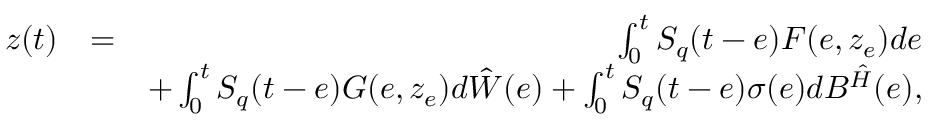
\begin{array} { r l r } { z ( t ) } & { = } & { \int _ { 0 } ^ { t } { \cal S } _ { q } ( t - e ) { \cal F } ( e , z _ { e } ) d e } \\ & { } & { + \int _ { 0 } ^ { t } { \cal S } _ { q } ( t - e ) { \cal G } ( e , z _ { e } ) d \hat { \cal W } ( e ) + \int _ { 0 } ^ { t } { \cal S } _ { q } ( t - e ) \sigma ( e ) d { \cal B } ^ { \hat { \cal H } } ( e ) , } \end{array}